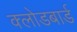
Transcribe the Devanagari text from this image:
क्लोडबार्ड